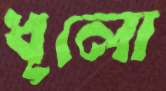
ধূলো